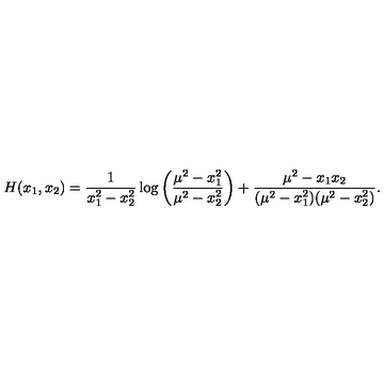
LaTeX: H ( x _ { 1 } , x _ { 2 } ) = \frac { 1 } { x _ { 1 } ^ { 2 } - x _ { 2 } ^ { 2 } } \log \left( \frac { \mu ^ { 2 } - x _ { 1 } ^ { 2 } } { \mu ^ { 2 } - x _ { 2 } ^ { 2 } } \right) + \frac { \mu ^ { 2 } - x _ { 1 } x _ { 2 } } { ( \mu ^ { 2 } - x _ { 1 } ^ { 2 } ) ( \mu ^ { 2 } - x _ { 2 } ^ { 2 } ) } .